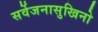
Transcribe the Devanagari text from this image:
सर्वेजनासुखिनो